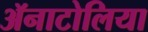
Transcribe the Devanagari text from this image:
ॲनाटोलिया